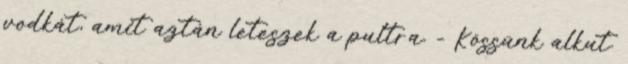
vodkát, amit aztán leteszek a pultra. - Kössünk alkut.